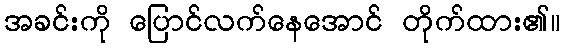
အခင်းကို ပြောင်လက်နေအောင် တိုက်ထား၏။